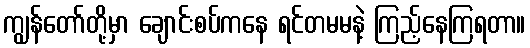
ကျွန်တော်တို့မှာ ချောင်းစပ်ကနေ ရင်တမမနဲ့ ကြည့်နေကြရတာ။